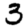
Digit: 3